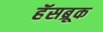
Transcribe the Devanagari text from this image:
हॅसब्रूक